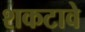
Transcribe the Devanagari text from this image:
शकटावे